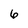
Character: 6